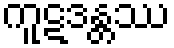
ကူဋဒန္တဿ